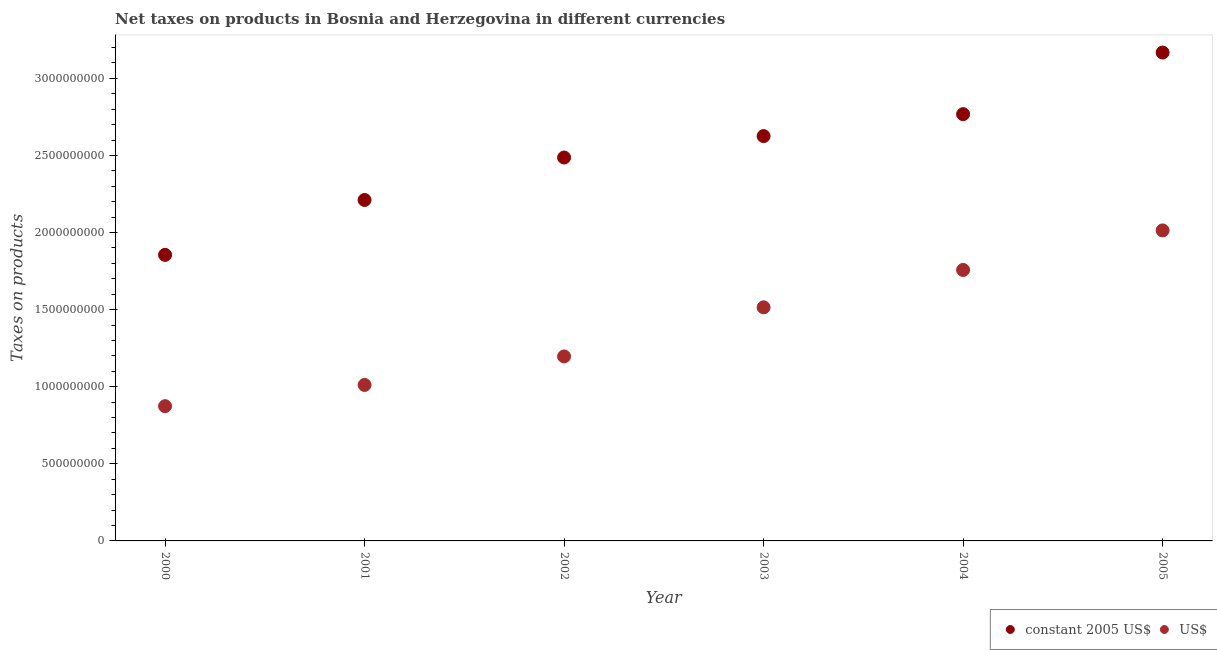
| Year | constant 2005 US$ | US$ |
 | --- | --- | --- |
 | 2000 | 1.86e+09 | 8.74e+08 |
 | 2001 | 2.21e+09 | 1.01e+09 |
 | 2002 | 2.49e+09 | 1.2e+09 |
 | 2003 | 2.63e+09 | 1.51e+09 |
 | 2004 | 2.77e+09 | 1.76e+09 |
 | 2005 | 3.17e+09 | 2.01e+09 |